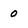
Character: 0